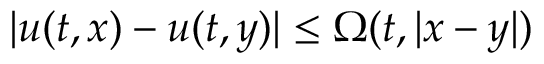
| u ( t , x ) - u ( t , y ) | \leq \Omega ( t , | x - y | )